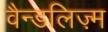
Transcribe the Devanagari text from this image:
वैन्डलिज़्म